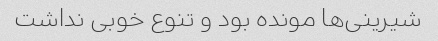
شیرینی‌ها مونده بود و تنوع خوبی نداشت